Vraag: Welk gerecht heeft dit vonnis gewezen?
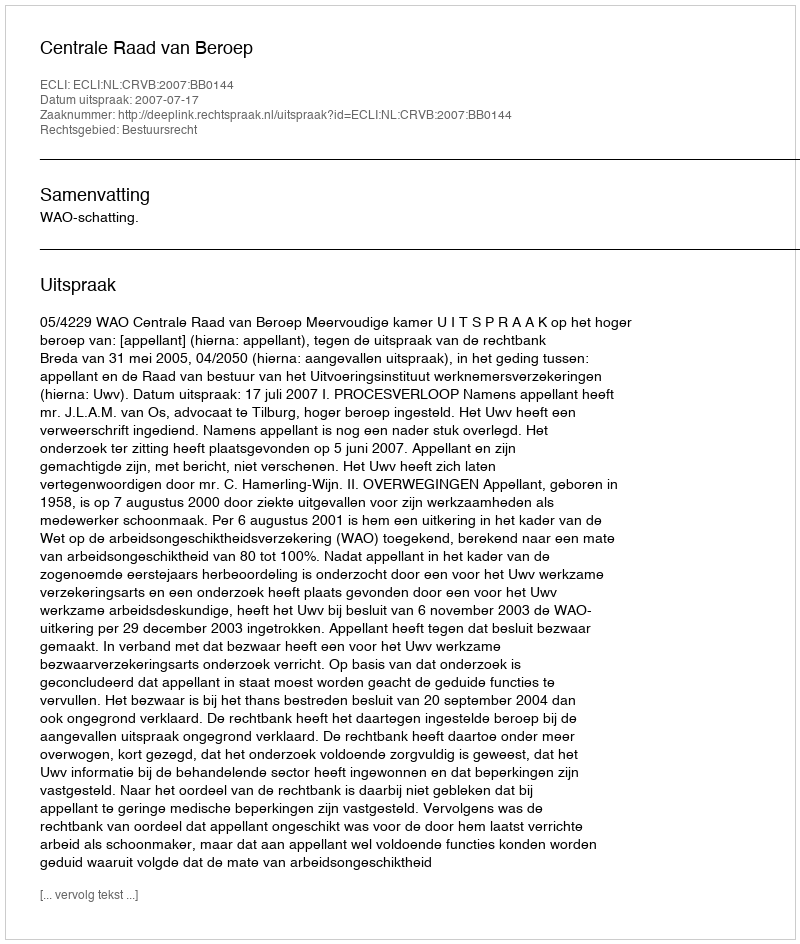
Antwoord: Centrale Raad van Beroep